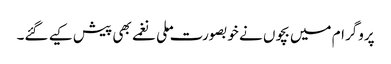
پروگرام میں بچوں نے خوبصورت ملی نغمے بھی پیش کیے گئے۔